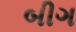
બીગ